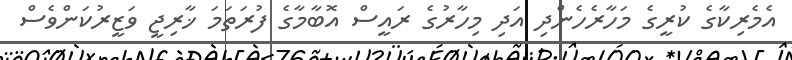
އެމެރިކާގެ ކުރީގެ މަހާރެހެންދި އަދި މިހާރުގެ ރައީސް އޮބާމާގެ ފުރަތަމަ ޚާރިޖީ ވަޒީރުކަންވެސް